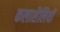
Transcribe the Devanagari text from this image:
कलाशैलियों